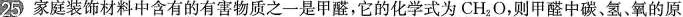
25家庭装饰材料中含有的有害物质之一是甲醛，它的化学式为CH_{2}O，则甲醛中碳、氢、氧的原